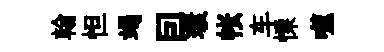
翰怛竭囙環帐车慄噬